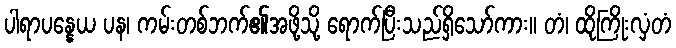
ပါရာပန္နေယ ပန၊ ကမ်းတစ်ဘက်၏အဖို့သို့ ရောက်ပြီးသည်ရှိသော်ကား။ တံ၊ ထိုကြိုးလှံတံ